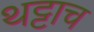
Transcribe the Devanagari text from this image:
थट्टाच